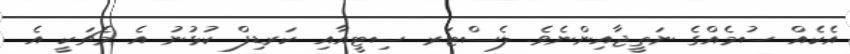
އެކެއް ސުމެއްގެ ނަތީޖާއިންނެވެ. ލެސްޓަރ ސިޓީއާއި ކަރޑިފް ކުޅުނު އެ މެޗަކީ އެ